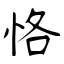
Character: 恪